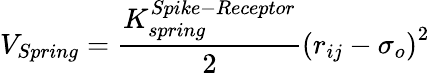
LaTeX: V_{Spring}=\frac{K_{spring}^{Spike-Receptor}}{2}\left(r_{ij}-\sigma_{o}\right)^{2}